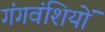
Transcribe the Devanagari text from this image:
गंगवंशियों